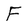
Character: F